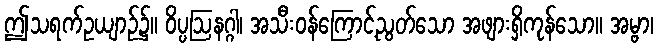
ဤသရက်ဥယျာဉ်၌။ ဝိပ္ပဩနဂ္ဂါ၊ အသီးဝန်ကြောင့်ညွတ်သော အဖျားရှိကုန်သော။ အမ္ဗာ၊